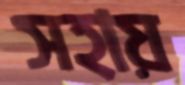
সহায়